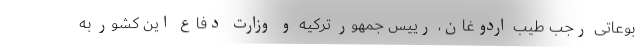
بوعاتی رجب طیب اردوغان، رییس جمهور ترکیه و وزارت دفاع این کشور به